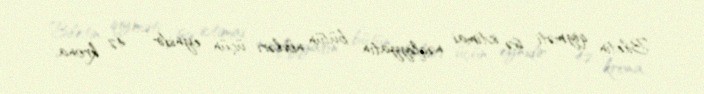
Biletin qiyməti isə ictimai nəqliyyatın bütün növləri üçün eynidir – 42 krona,